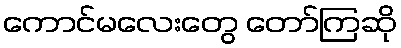
ကောင်မလေးတွေ တော်ကြဆို